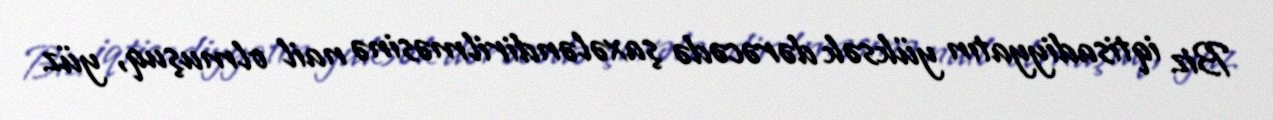
Biz iqtisadiyyatın yüksək dərəcədə şaxələndirilməsinə nail olmuşuq, yüz